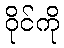
ဝိုင်ကို